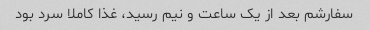
سفارشم بعد از یک ساعت و نیم رسید، غذا کاملا سرد بود